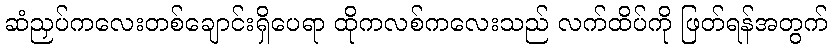
ဆံညှပ်ကလေးတစ်ချောင်းရှိပေရာ ထိုကလစ်ကလေးသည် လက်ထိပ်ကို ဖြတ်ရန်အတွက်